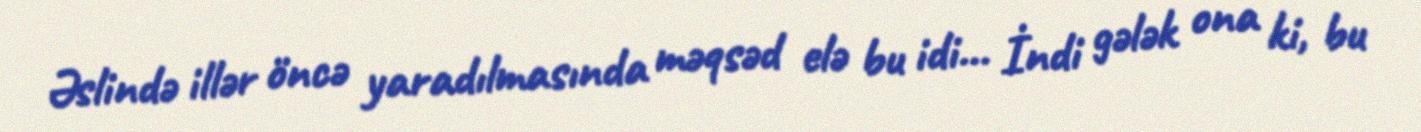
Əslində illər öncə yaradılmasında məqsəd elə bu idi... İndi gələk ona ki, bu